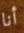
أنا